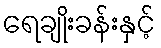
ရေချိုးခန်းနှင့်